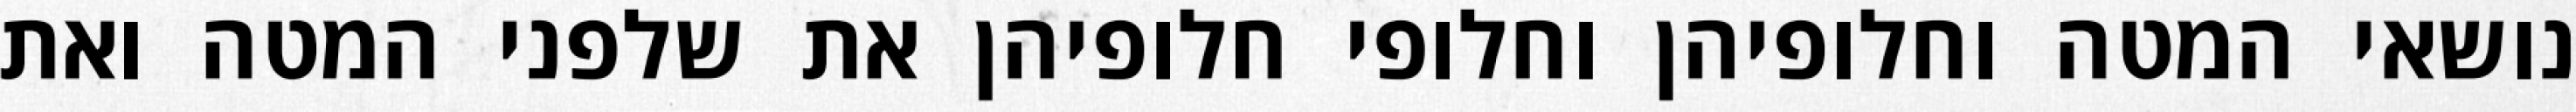
נושאי המטה וחלופיהן וחלופי חלופיהן את שלפני המטה ואת